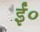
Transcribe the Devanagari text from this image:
ईं०